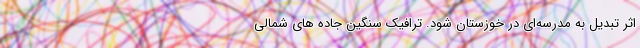
اثر تبدیل به مدرسه‌ای در خوزستان ‌شود. ترافیک سنگین جاده های شمالی